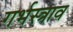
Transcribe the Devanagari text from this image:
गर्भस्त्राव